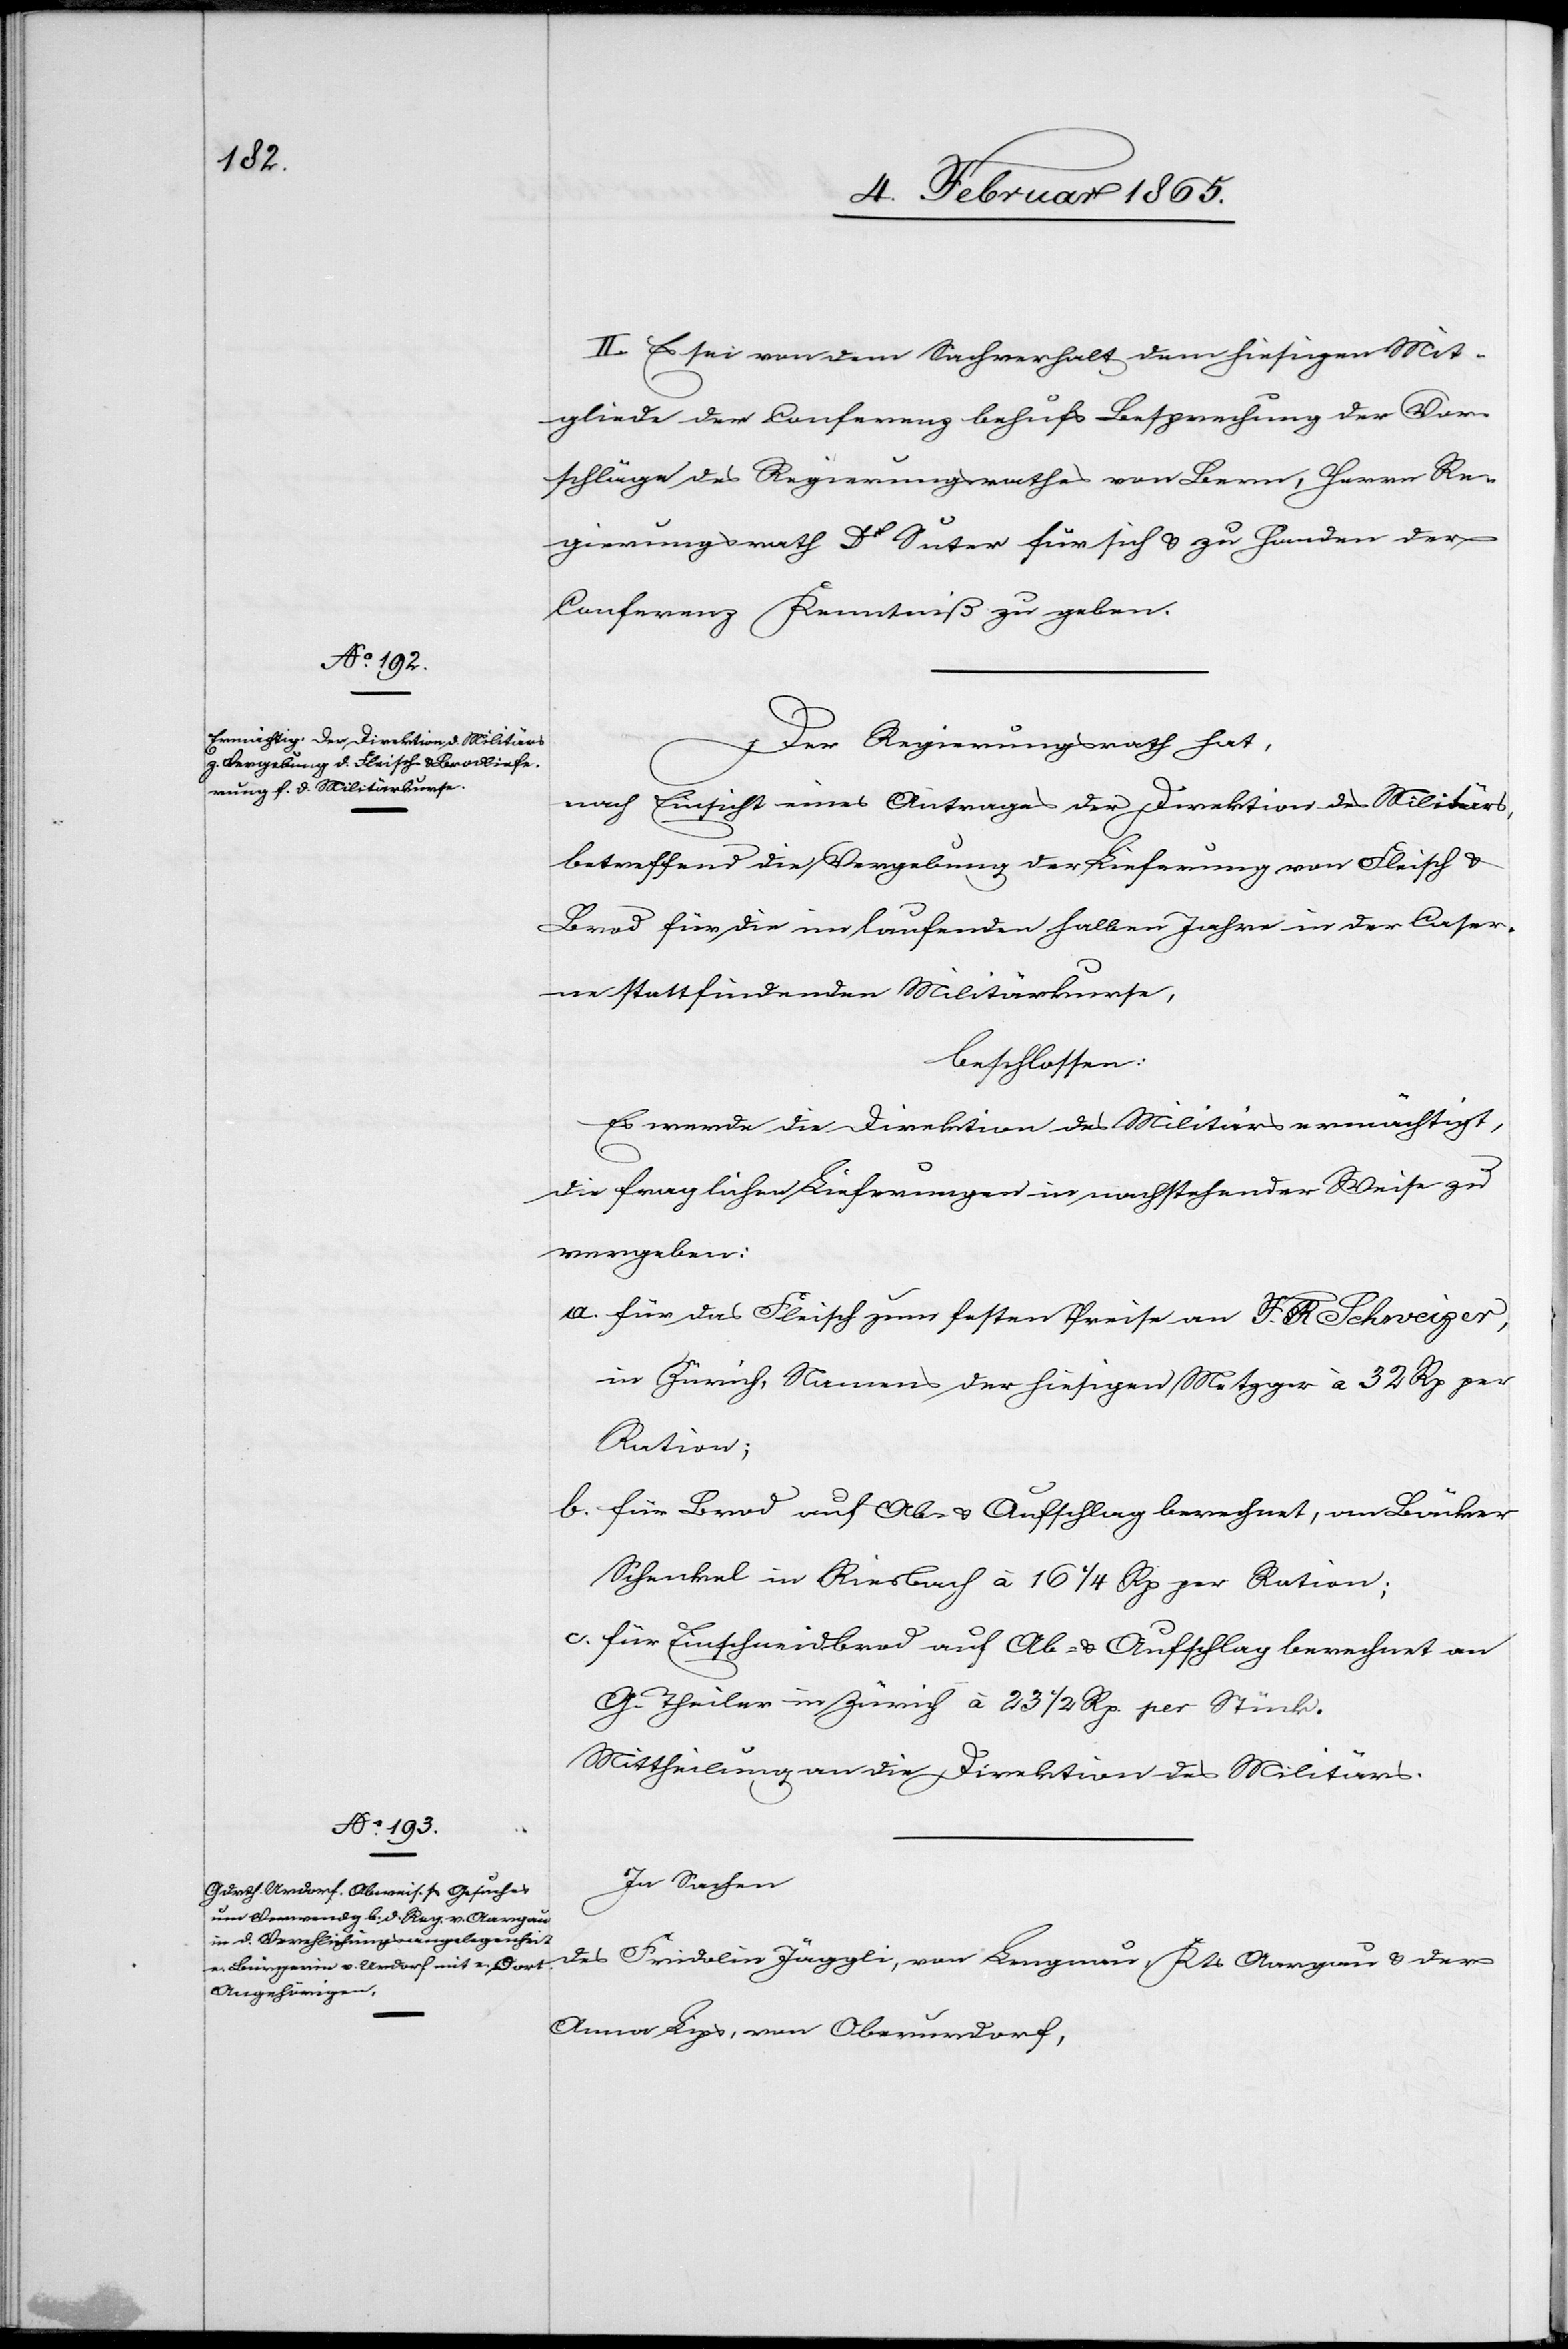
II. Es sei von dem Sachverhalt dem hiesigen Mit¬
gliede der Conferenz behufs Besprechung der Vor¬
schläge des Regierungsrathes von Bern, Herrn Re¬
gierungsrath Dr Suter für sich u. zu Handen der
Conferenz Kenntniß zu geben.
Der Regierungsrath hat,
nach Einsicht eines Antrages der Direktion des Militärs,
betreffend die Vergebung der Lieferung von Fleisch u.
Brod für die im laufenden halben Jahre in der Caser¬
ne stattfindenden Militärkurse,
beschlossen:
Es werde die Direktion des Militärs ermächtigt,
die fraglichen Lieferungen in nachstehender Weise zu
vergeben:
a. für das Fleisch zum festen Preise an F. R. Schweizer,
in Zürich, Namens der hiesigen Metzger à 32 Rp. per
Ration;
b. für Brod auf Ab- u. Aufschlag berechnet, an Bäcker
Schenkel in Riesbach à 16 ¼ Rp. per Ration;
c. für Einschneidbrod auf Ab- u. Aufschlag berechnet an
G. Theiler in Zürich à 23 ½ Rp. per Stück.
Mittheilung an die Direktion des Militärs.
In Sachen
des Fridolin Jäggli, von Lengnau, Kts Aargau u. der
Anna Lips, von Oberurdorf,